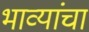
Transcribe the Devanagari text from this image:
भाव्यांचा